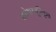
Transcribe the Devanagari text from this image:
धनेश्वरसूरिकृत